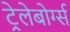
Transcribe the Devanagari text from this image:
ट्रेलेबोर्ग्स